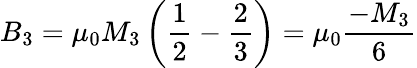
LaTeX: B_{3}=\mu_{0}M_{3}\left({\frac{1}{2}}-{\frac{2}{3}}\right)=\mu_{0}{\frac{-M_{3}}{6}}